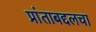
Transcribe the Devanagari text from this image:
प्रांताबद्दलचा